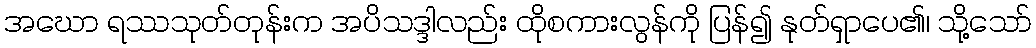
အဃော ရဿသုတ်တုန်းက အပိသဒ္ဒါလည်း ထိုစကားလွန်ကို ပြန်၍ နုတ်ရှာပေ၏၊ သို့သော်